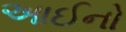
આઈનો